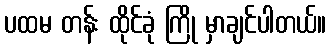
ပထမ တန်း ထိုင်ခုံ ကြို မှာချင်ပါတယ်။